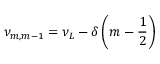
\nu _ { m , m - 1 } = \nu _ { L } - \delta \left( m - \frac { 1 } { 2 } \right)